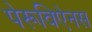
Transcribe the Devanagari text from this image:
पेरूविऐनस